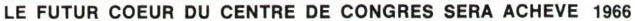
LE FUTUR COEUR DU CENTRE DE CONGRES SERA ACHEVE 1966